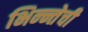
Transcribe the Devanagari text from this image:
भिन्न्तेची